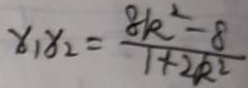
x _ { 1 } x _ { 2 } = \frac { 8 k ^ { 2 } - 8 } { 1 + 2 k ^ { 2 } }